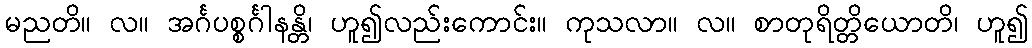
မညတိ။ လ။ အင်္ဂပစ္စင်္ဂါနန္တိ၊ ဟူ၍လည်းကောင်း။ ကုသလာ။ လ။ စာတုရိတ္တိယောတိ၊ ဟူ၍